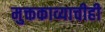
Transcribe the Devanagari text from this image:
मुक्तकाव्याचीही